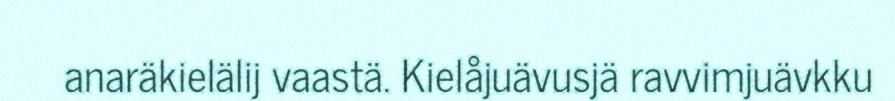
anaräkielälij vaastä. Kielåjuävusjä ravvimjuävkku